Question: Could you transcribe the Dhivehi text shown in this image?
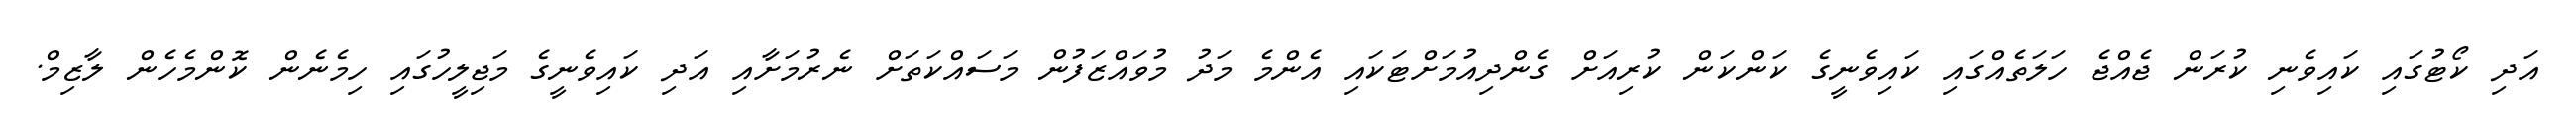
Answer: އަދި ކޯޓުގައި ކައިވެނި ކުރަން ޖެއްޖެ ހަލަތެއްގައި ކައިވެނީގެ ކަންކަން ކުރިއަށް ގެންދިއުމަށްޓަކައި އެންމެ މަދު މުވައްޒަފުން މަސައްކަތަށް ނެރުމަށާއި އަދި ކައިވެނީގެ މަޖިލީހުގައި ހިމެނެން ކޮންމެހެން ލާޒިމް.